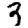
Digit: 3